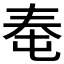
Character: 𰋠